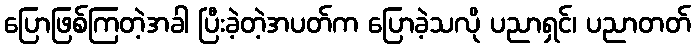
ပြောဖြစ်ကြတဲ့အခါ ပြီးခဲ့တဲ့အပတ်က ပြောခဲ့သလို ပညာရှင်၊ ပညာတတ်